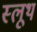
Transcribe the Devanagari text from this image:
स्लूथ